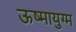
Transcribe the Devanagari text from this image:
ऊष्मायुग्म